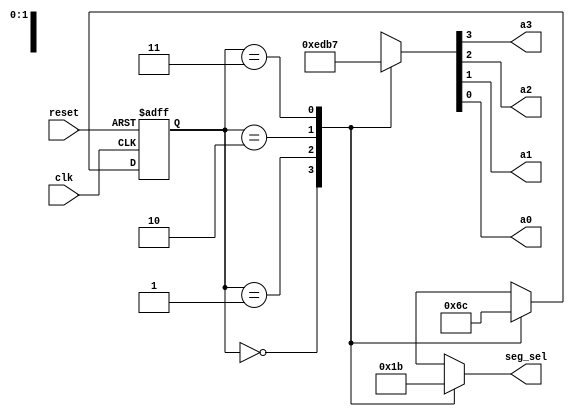
module led_controller(clk, reset, a3, a2, a1, a0, seg_sel);

   //Input
   input       clk, reset;
   
   //Output and reg declarations
   output      a3, a2, a1, a0;
   reg         a3, a2, a1, a0;
   output      [1:0] seg_sel;   
   reg         [1:0] seg_sel;

   //***********************
   // state register and
   // next_state variables
   //***********************

   reg       [1:0] present_state;
   reg       [1:0] next_state;

   //************************************************************************
   // Next State Combinational Logic
   //(next state values can change anytime but will only be "clocked" below)
   //************************************************************************

   always @( present_state )
      begin
         case ( present_state ) 
            //next state combinations for present states
            2'b00 : next_state = 2'b01;
            2'b01 : next_state = 2'b10;
            2'b10 : next_state = 2'b11;
            2'b11 : next_state = 2'b00;
         
            //next state combinations for all other present states
            default: next_state = 2'b00;
         
         endcase   
      end

   //****************************************
   // State Register Logic (Sequential Logic)
   //****************************************

   always @(posedge clk or posedge reset)
      begin
         if (reset == 1'b1)
            //Got a reset, so set state register to all 0's
            present_state = 2'b00;         
         else
            //Got a posedge, so update state register with next state
            present_state = next_state;
      end
               
   //************************************************************************
   // Output Combinational Logic
   //(output values can change only when a present state changes)
   //************************************************************************
      
   always @( present_state )
      begin
         case ( present_state )       
            //output combinations for present states
            2'b00  : {a3, a2, a1, a0} = 4'b1110;   //a[0] asserted
            2'b01  : {a3, a2, a1, a0} = 4'b1101;   //a[1] asserted
            2'b10  : {a3, a2, a1, a0} = 4'b1011;   //a[2] asserted
            2'b11  : {a3, a2, a1, a0} = 4'b0111;   //a[3] asserted
         
            //output combinations for all other present states
            default : {a3, a2, a1, a0} = 4'b1110;   
         endcase
      end
      
   //************************************************************************
   // Segment Select Logic
   //************************************************************************
      
   always @( present_state )
      begin
         case ( present_state )           
            //Segment Select combinations for present states
            2'b00 : seg_sel = 2'b00;   //a[0] seg_sel
            2'b01 : seg_sel = 2'b01;   //a[1] seg_sel
            2'b10 : seg_sel = 2'b10;   //a[2] seg_sel
            2'b11 : seg_sel = 2'b11;   //a[3] seg_sel
         
            //Segment Select combinations for all other present states
            default: seg_sel = 2'b00;   //none   
         endcase
      end
          
endmodule